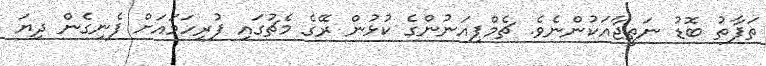
ތަފާތު ބޮޑު ނަތީޖާއަކުންނެވެ. ޗެމްޕިއަނުންގެ ކުޅުން ރޭގެ މެޗުގައި ފުރިހަމައަށް ފެނިގެން ދިޔަ